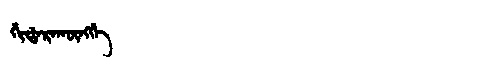
Manchu: ᡤᡳᡩᠠᡵᠠᡴᡡᠩᡤᡝ
Romanization: GIDARAKŪNGGE